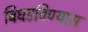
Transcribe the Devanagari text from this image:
बिघडविण्यास